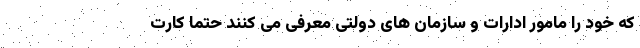
که خود را مامور ادارات و سازمان های دولتی معرفی می کنند حتما کارت